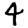
Digit: 4